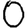
Digit: 0